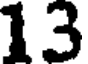
13